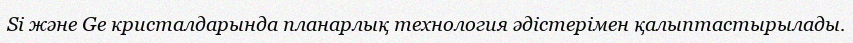
Si және Ge кристалдарында планарлық технология әдістерімен қалыптастырылады.